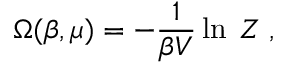
\Omega ( \beta , \mu ) = - { \frac { 1 } { \beta V } } \ln \; Z \; ,